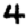
Digit: 4